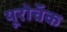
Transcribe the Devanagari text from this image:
यूरोचॅक